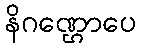
နိဂဏ္ဌောပေ